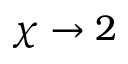
\chi \rightarrow 2